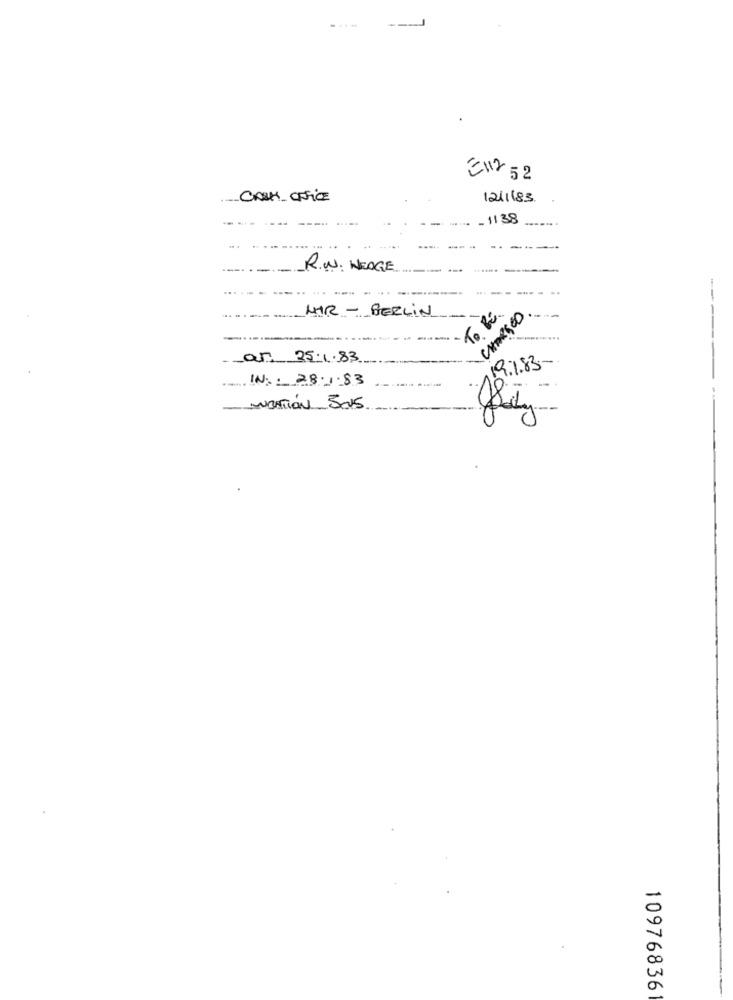
--- J
EN2 52
CASH_OFFICE
1211183
- 11 38
-
R.W. HEOGE
HAR - BERLIN
---
TO BE.
ar 25:1.83
19.1.83
IN .: 28.1.83
ANCATIÓN 505
10976836